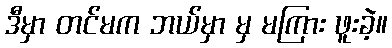
ဒီမှာ တင်မက ဘယ်မှာ မှ မကြား ဖူးခဲ့။